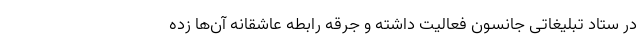
در ستاد تبلیغاتی جانسون فعالیت داشته و جرقه رابطه عاشقانه آن‌ها زده